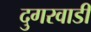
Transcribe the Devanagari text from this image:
दुगरवाडी